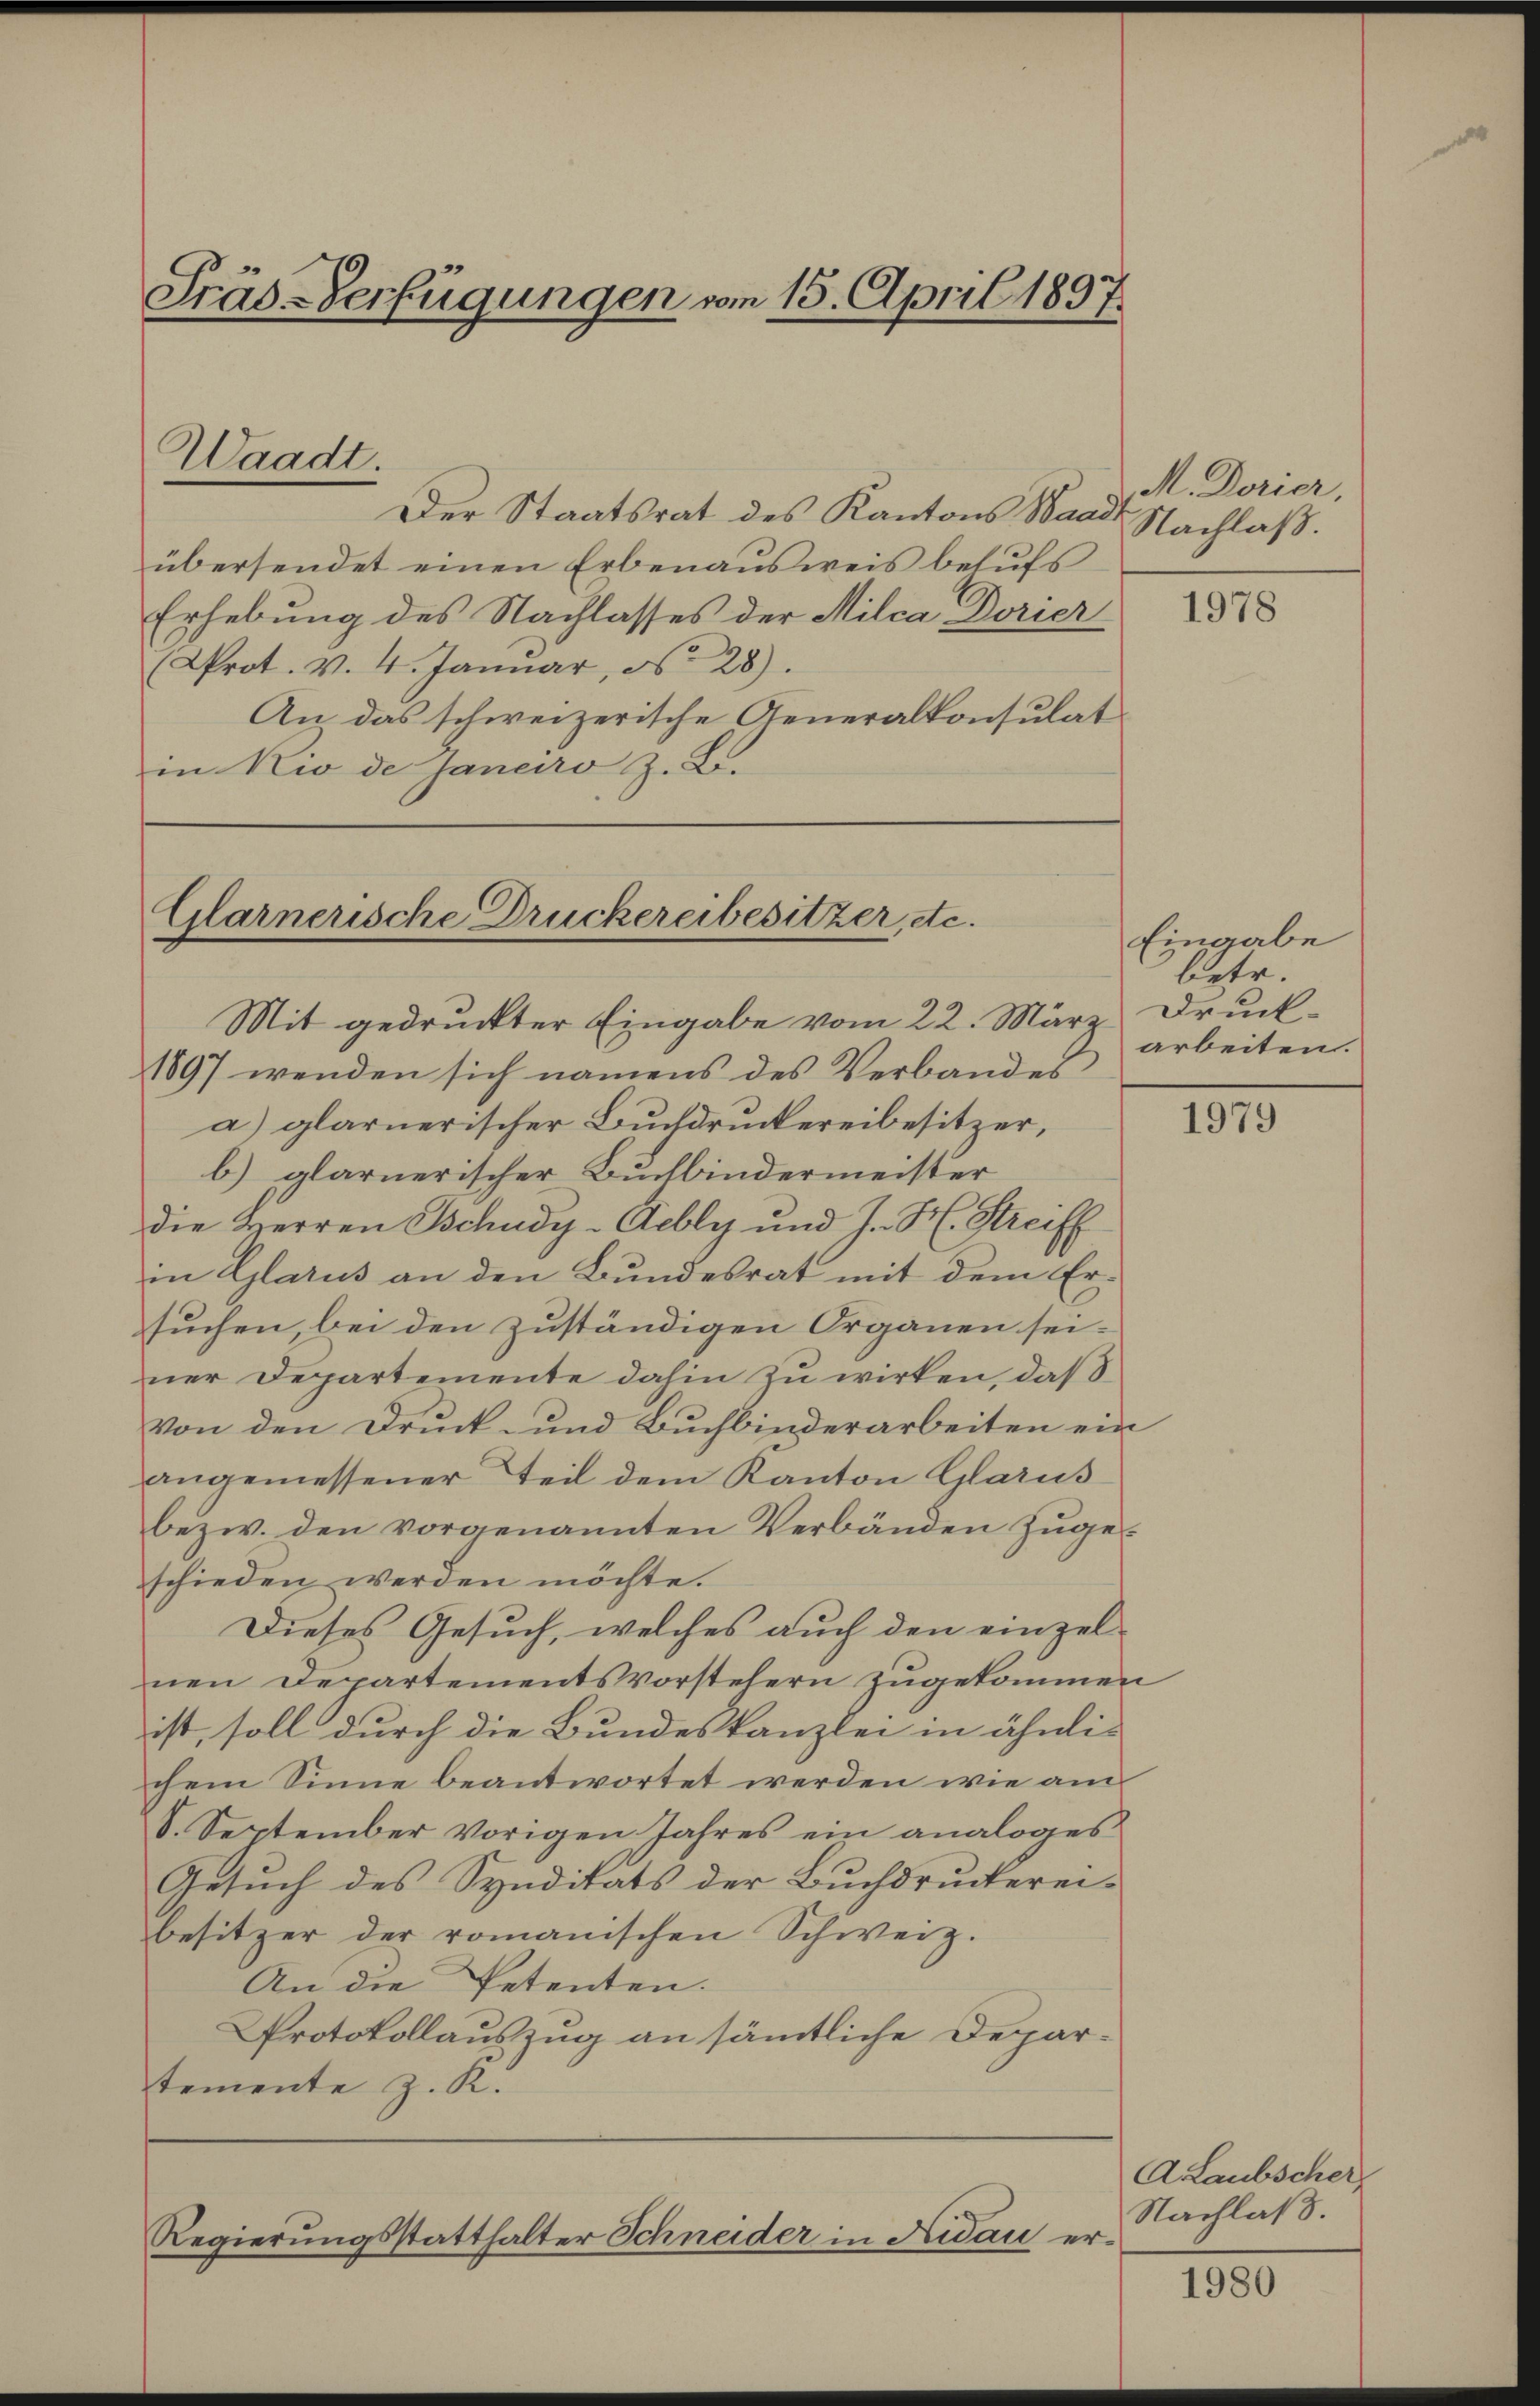
Präs-Verfügungen vom 15. April 1897.

Der Staatsrat des Kantons Waad
übersendet einen Erbenaŭsweis behŭfs
Erhebung des Nachlasses der Milca Dorier
Prot. v. 4. Januar, d. 28).
An das schweizerische Generalkonsulat
in Nio de Janeiro z. B.

Waadt.

Glarnerische Druckereibesitzer, etc.

Regierungsstatthalter Schneider in Nidau er¬

M. Dorier,
Nachlaß.

Mit gedruckter Eingabe vom 22. März Druck¬
1897 wenden sich namens des Verbandes
a) glarnerischer Buchdruckereibesitzer,
b) glarnerischer Buchbindermeister
die Herren Tschudy-Aebly und J. H. Streiff
in Glarus an den Bundesrat mit dem Ersuchen, bei den zuständigen Organen seiner Departemente dahin zu wirken, daß
von den Druck- und Buchbinderarbeiten ein
angemessener Teil dem Kanton Glarus
bezw. den vorgenannten Verbänden zugeschieden werden möchte.
Dieses Gesuch, welches auch den einzelnen Departementsvorstehern zugekommen
ist, soll durch die Bundeskanzlei in ähnli-
chem Sinne beantwortet werden wie am
8. September vorigen Jahres ein analoges
Gesuch des Syndikats der Buchdruckerei-
besitzer der romanischen Schweiz.
An die Petenten.
Protokollauszug an sämmtliche Departemente z. K.

1978

Eingabe
betr.
arbeiten.

1979

ALaubscher,
Nachlaß.

1980